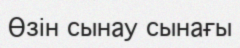
Өзін сынау сынағы